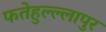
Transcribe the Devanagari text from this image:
फतेहुल्ल्लापुर